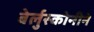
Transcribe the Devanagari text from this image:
बेर्लुस्कोनीने